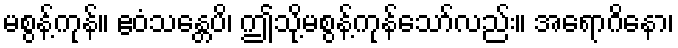
မစွန့်ကုန်။ ဧဝံသန္တေပိ၊ ဤသို့မစွန့်ကုန်သော်လည်း။ အရောဂိနော၊